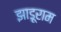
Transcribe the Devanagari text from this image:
झाड़ूराम